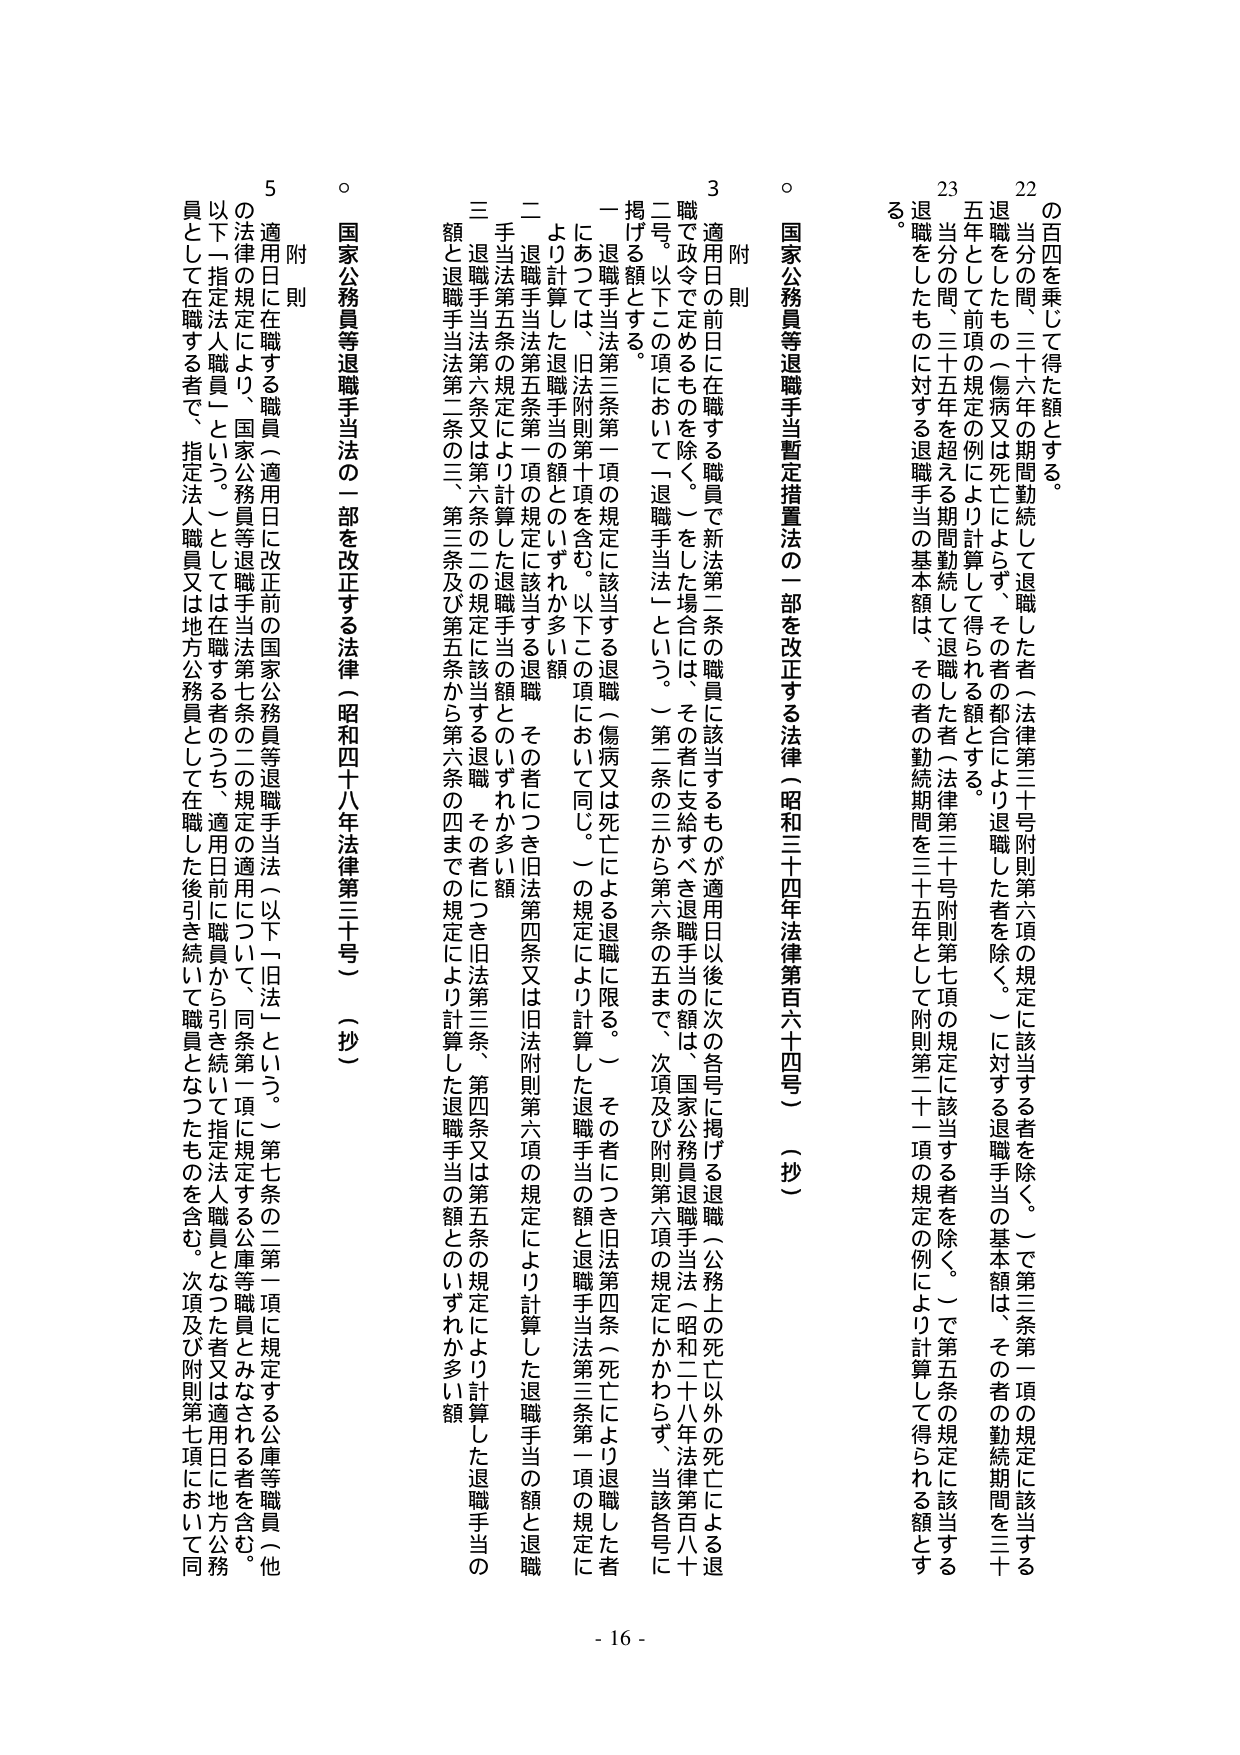
の百四を乗じて得た額とする。
22 当分の間、三十六年の期間勤続して退職した者（法律第三十号附則第六項の規定に該当する者を除く。）で第三条第一項の規定に該当する退職をしたもの（傷病又は死亡によらず、その者の都合により退職した者を除く。）に対する退職手当の基本額は、その者の勤続期間を三十五年として前項の規定の例により計算して得られる額とする。
23 当分の間、三十五年を超える期間勤続して退職した者（法律第三十号附則第七項の規定に該当する者を除く。）で第五条の規定に該当する退職をしたものに対する退職手当の基本額は、その者の勤続期間を三十五年として附則第二十一項の規定の例により計算して得られる額とする。

○ 国家公務員等退職手当暫定措置法の一部を改正する法律（昭和三十四年法律第百六十四号）（抄）
附 則
3 適用日の前日在職する職員で新法二条の職員に該当するものが適用日以後に次の各号に掲げる退職（公務上の死亡以外の死亡による退職で政令で定めるものを除く。）をした場合には、その者に支給すべき退職手当の額は、国家公務員退職手当法（昭和二十八年法律第百八十ニ号。以下この項において「退職手当法」という。）第二条の三から第六条の五まで、次項及び附則第六項の規定にかかわらず、当該各号に掲げる額とする。
一 退職手当法第三条第一項の規定に該当する退職（傷病又は死亡による退職に限る。）その者につき旧法第四条（死亡により退職した者にあつては、旧法附則第十項を含む。以下この項において同じ。）の規定により計算した退職手当の額と退職手当法第三条第一項の規定により計算した退職手当の額とのいずれか多い額
二 退職手当法第五条第一項の規定に該当する退職 その者につき旧法第四条又は旧法附則第六項の規定により計算した退職手当の額と退職手当法第五条の規定により計算した退職手当の額とのいずれか多い額
三 退職手当法第六条又は第六条の二の規定に該当する退職 その者につき旧法第三条、第四条又は第五条の規定により計算した退職手当の額と退職手当法第二条の三、第三条及び第五条から第六条の四までの規定により計算した退職手当の額とのいずれか多い額

○ 国家公務員等退職手当法の一部を改正する法律（昭和四十八年法律第三十号）（抄）
附 則
5 適用日在職する職員（適用日に改正前の国家公務員等退職手当法（以下「旧法」という。）第七条の二第一項に規定する公庫等職員とみなされる者を含む。）の法律の規定により、国家公務員等退職手当法第七条の二の規定の適用について、同条第一項に規定する公庫等職員（他以下「指定法人職員」という。）としては在職する者のうち、適用日前に職員から引き続いて指定法人職員となった者又は適用日に地方公務員として在職する者で、指定法人職員又は地方公務員として在職した後引き続いて職員となったものを含む。次項及び附則第七項において同

- 16 -